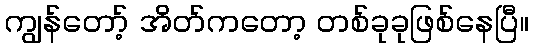
ကျွန်တော့် အိတ်ကတော့ တစ်ခုခုဖြစ်နေပြီ။